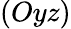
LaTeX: (Oyz)